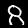
Label: 8